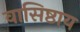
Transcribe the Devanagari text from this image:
वासिष्ठाय